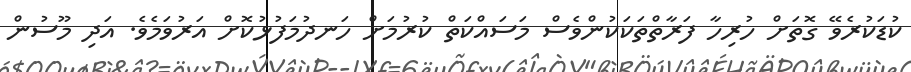
ކުޑަކުރެވޭ ގޮތަށް ހުރިހާ ފަރާތްތަކަކުންވެސް މަސައްކަތް ކުރުމަށް ހަނދުމަފުޅުކޮށް އަރުވަމެވެ. އަދި މޫސުން